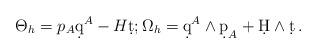
LaTeX: \begin{align*}\Theta_h = p_A\d q^A - H\d t ; \Omega_h = \d q^A \wedge \d p_A + \d H \wedge \d t \, .\end{align*}